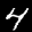
Label: 4